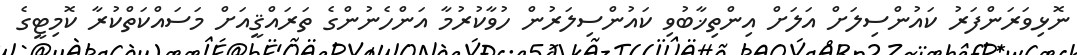
ނޮޅިވަރަންފަރު ކައުންސިލަށް އަލަށް އިންތިޚާބުވި ކައުންސިލަރުން ހުވާކުރުމާ އަންހެނުންގެ ތަރައްޤީއަށް މަސައްކަތްކުރާ ކޮމިޓީގެ